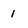
Character: 1